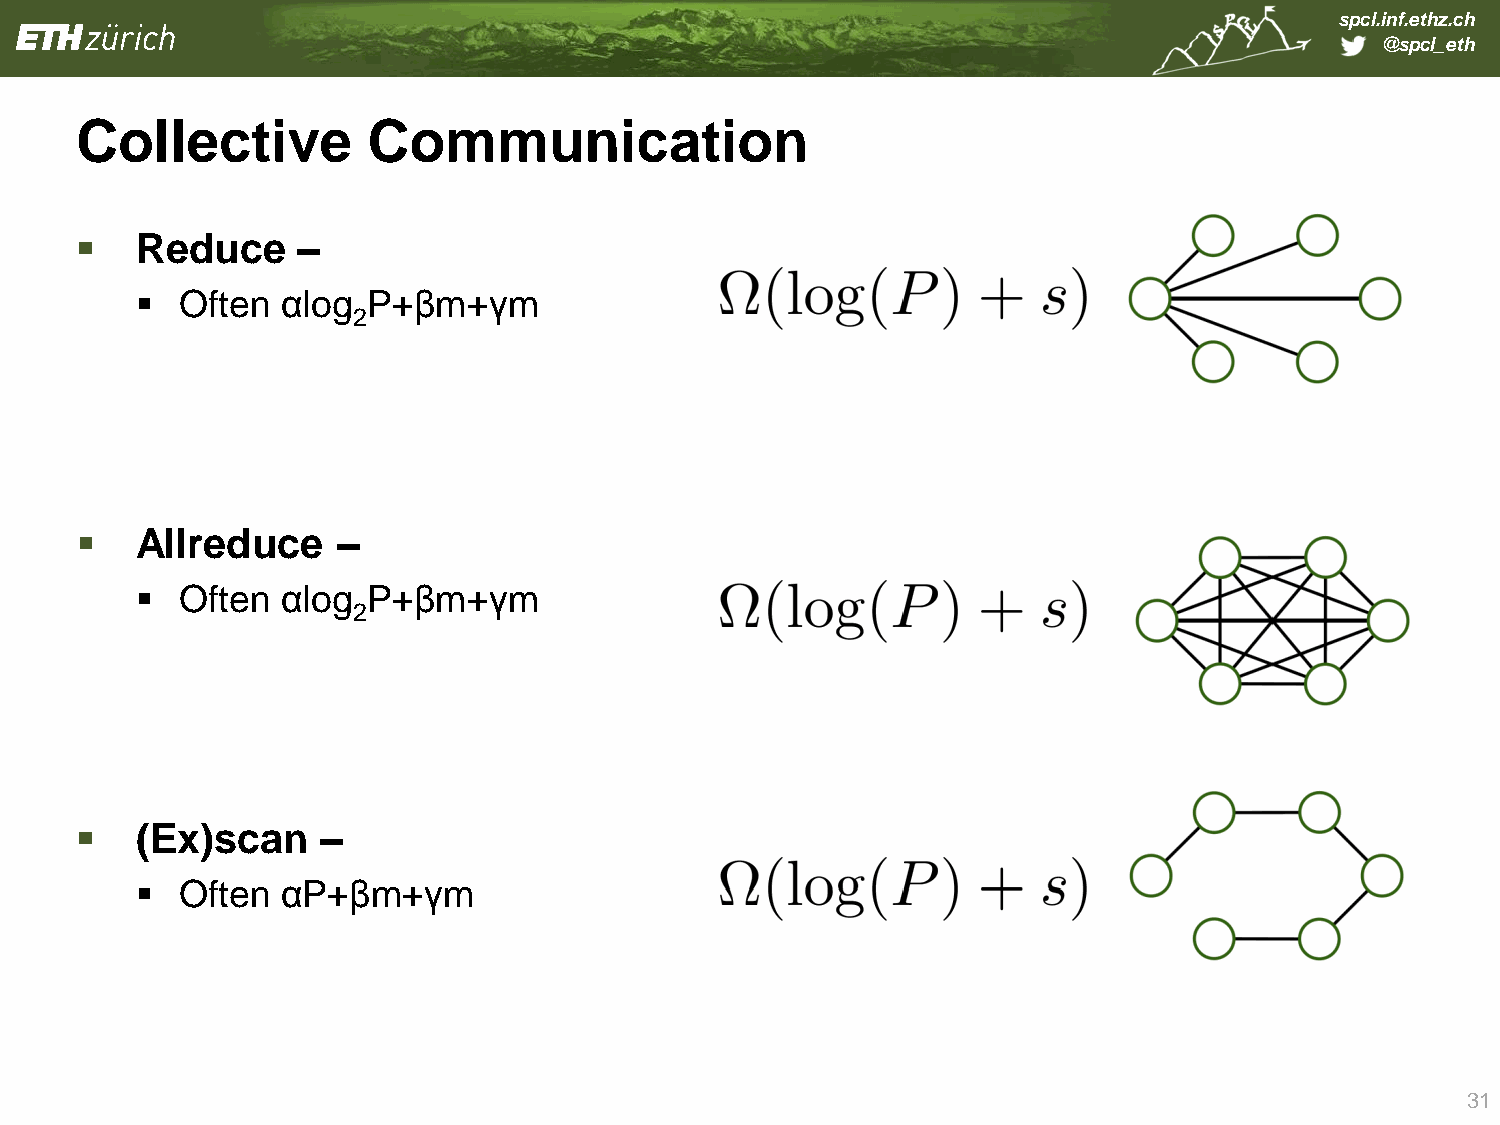
spcl.inf.ethz.ch
 @spcl_eth
 Collective         Communication
    Reduce     –
   Often  αlog P+βm+γm
 2
    Allreduce    –
   Often  αlog P+βm+γm
 2
    (Ex)scan    –
   Often  αP+βm+γm
 31